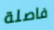
فاصلة